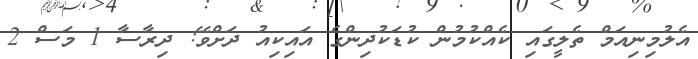
އެލުމިނިއަމް ތެލީގައި ކެއްކުމުން ކުޑަކުދިންގެ އައިކިއު ދަށްވޭ: ދިރާސާ 1 މަސް 2